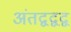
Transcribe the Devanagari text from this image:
अंतद्वद्वद्व